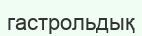
гастрольдық